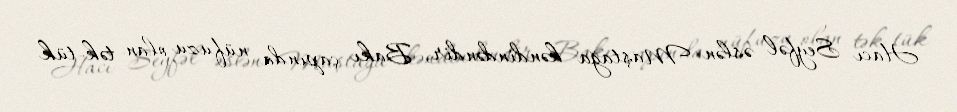
Hacı Seyfəl əslən Maştağa kəndindəndir, Bakı çapında nüfuzu olan tək-tük